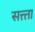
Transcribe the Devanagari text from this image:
सत्त्ता